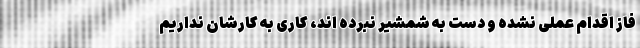
فاز اقدام عملی نشده و دست به شمشیر نبرده اند، کاری به کارشان نداریم